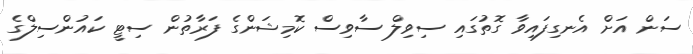
ސަން އަށް އެނގިފައިވާ ގޮތުގައި ސިވިލް ސާވިސް ކޮމިޝަންގެ ފަރާތުން ސިޓީ ކައުންސިލްގެ